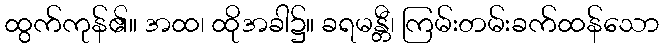
ထွက်ကုန်၏။ အထ၊ ထိုအခါ၌။ ခရမန္တီ၊ ကြမ်းတမ်းခက်ထန်သော